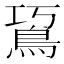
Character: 䲾